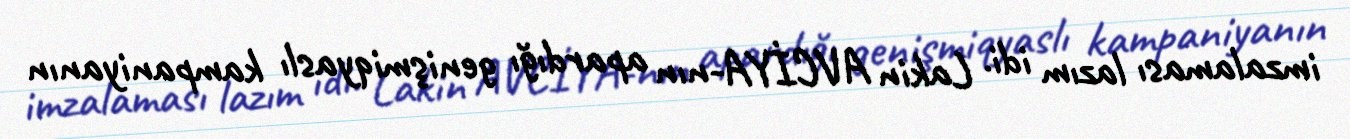
imzalaması lazım idi. Lakin AVCİYA-nın apardığı genişmiqyaslı kampaniyanın